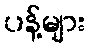
ပန့်များ